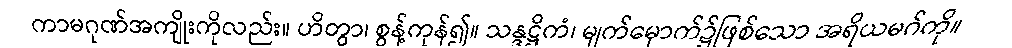
ကာမဂုဏ်အကျိုးကိုလည်း။ ဟိတွာ၊ စွန့်ကုန်၍။ သန္ဒဋ္ဌိကံ၊ မျက်မှောက်၌ဖြစ်သော အရိယမဂ်ကို။